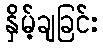
နှိမ့်ချခြင်း